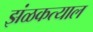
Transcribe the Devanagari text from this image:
झंळकत्याल